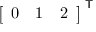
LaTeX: { \left[ \begin{array} { l l l } { 0 } & { 1 } & { 2 } \end{array} \right] } ^ { \textsf { T } }